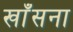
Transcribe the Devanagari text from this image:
खाँसना